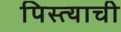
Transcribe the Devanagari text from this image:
पिस्त्याची